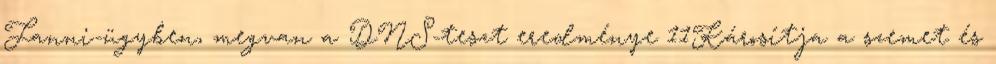
Fanni-ügyben, megvan a DNS-teszt eredménye 11Károsítja a szemet és